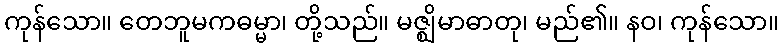
ကုန်သော။ တေဘူမကဓမ္မာ၊ တို့သည်။ မဇ္ဈိမာဓာတု၊ မည်၏။ နဝ၊ ကုန်သော။